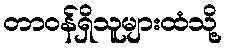
တာဝန်ရှိသူများထံသို့